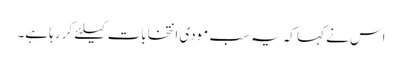
اس نے کہا کہ یہ سب مودی انتخابات کیلئے کر رہا ہے۔